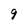
Character: 9